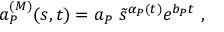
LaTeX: a _ { P } ^ { ( M ) } ( s , t ) = a _ { P } \ \tilde { s } ^ { \alpha _ { P } ( t ) } e ^ { b _ { P } t } \ ,